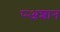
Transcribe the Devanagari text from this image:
प्र्‍अशान